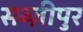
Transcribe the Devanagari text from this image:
सब्ज़ीपुर